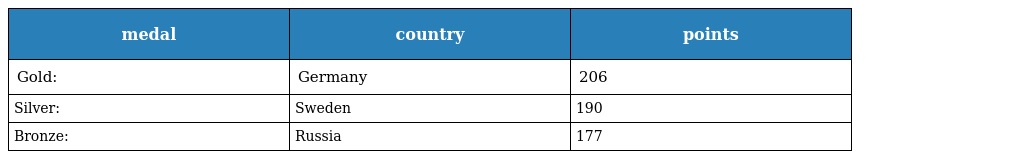
| medal | country | points |
 | --- | --- | --- |
 | Gold: | Germany | 206 |
 | Silver: | Sweden | 190 |
 | Bronze: | Russia | 177 |